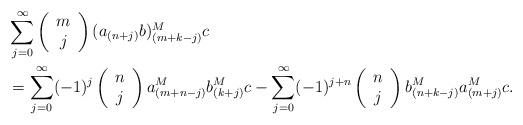
LaTeX: \begin{align*}&\sum_{j=0}^\infty \left(\begin{array}{c} m \\ j \end{array}\right)(a_{(n+j)}b)^M_{(m+k-j)} c\\&=\sum_{j=0}^\infty (-1)^j\left(\begin{array}{c} n \\ j \end{array}\right)a_{(m+n-j)}^M b_{(k+j)}^M c-\sum_{j=0}^\infty (-1)^{j+n}\left(\begin{array}{c} n \\ j \end{array}\right)b_{(n+k-j)}^M a_{(m+j)}^M c.\end{align*}